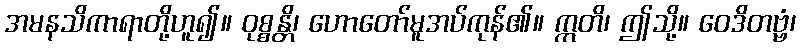
အမနသိကာရာတို့ဟူ၍။ ဝုစ္စန္တိ၊ ဟောတော်မူအပ်ကုန်၏။ ဣတိ၊ ဤသို့။ ဝေဒိတဗ္ဗံ၊